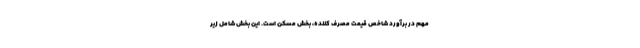
مهم در برآورد شاخص قیمت مصرف کننده، بخش مسکن است. این بخش شامل زیر